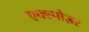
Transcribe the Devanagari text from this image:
एक्स्पोज़र